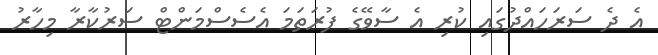
އެ ދެ ސަރަހައްދުގައި ކުރި އެ ސާވޭގެ ފުރަތަމަ އެސެސްމަންޓް ސަރުކާރާ މިހާރު